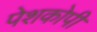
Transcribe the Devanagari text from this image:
पेशकोपी